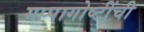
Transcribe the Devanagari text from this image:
गप्पागोष्टींची